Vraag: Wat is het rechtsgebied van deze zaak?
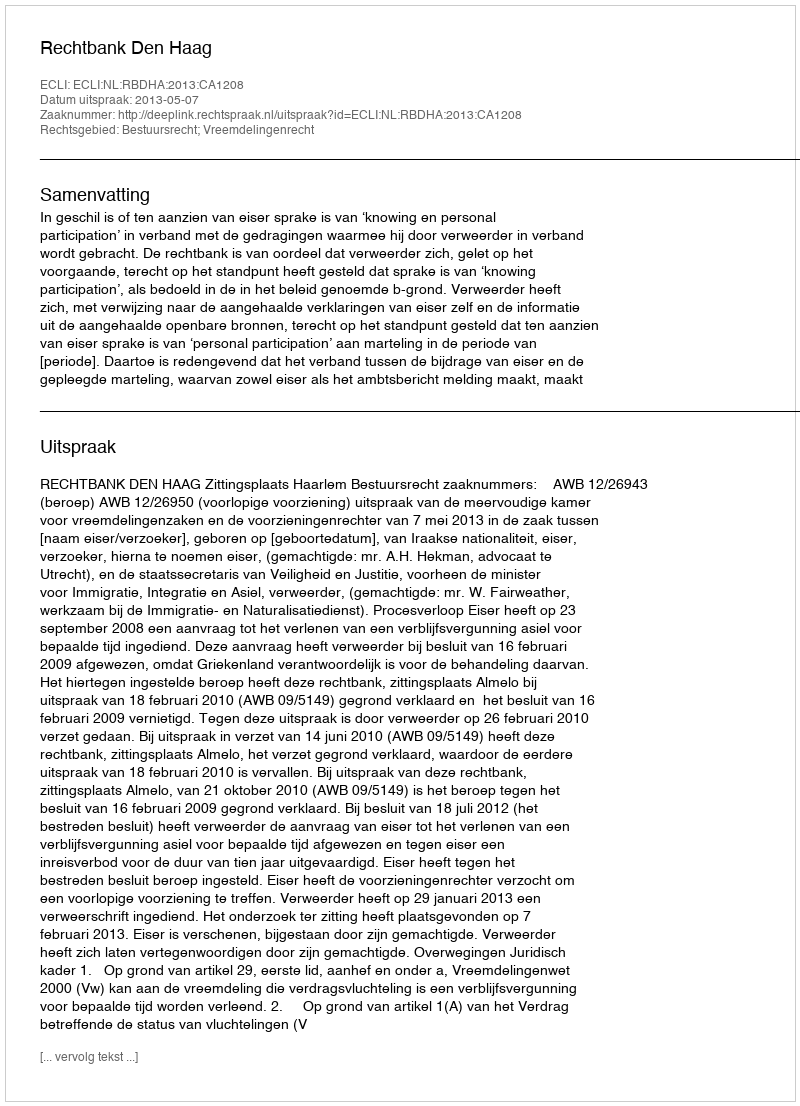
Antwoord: Bestuursrecht; Vreemdelingenrecht